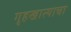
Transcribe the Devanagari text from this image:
गृहखात्याचा